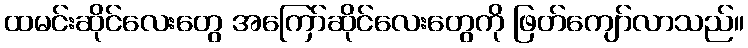
ထမင်းဆိုင်လေးတွေ အကြော်ဆိုင်လေးတွေကို ဖြတ်ကျော်လာသည်။